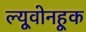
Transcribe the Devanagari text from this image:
ल्यूवोनहूक